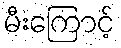
မီးကြောင့်